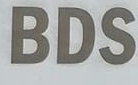
BDS